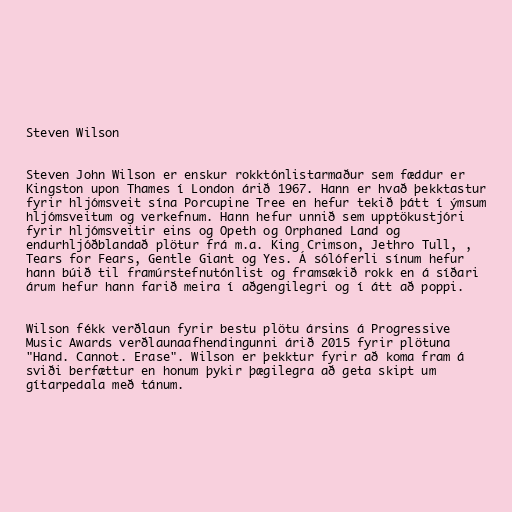
Steven Wilson

Steven John Wilson er enskur rokktónlistarmaður sem fæddur er
Kingston upon Thames í London árið 1967. Hann er hvað þekktastur
fyrir hljómsveit sína Porcupine Tree en hefur tekið þátt í ýmsum
hljómsveitum og verkefnum. Hann hefur unnið sem upptökustjóri
fyrir hljómsveitir eins og Opeth og Orphaned Land og
endurhljóðblandað plötur frá m.a. King Crimson, Jethro Tull, ,
Tears for Fears, Gentle Giant og Yes. Á sólóferli sínum hefur
hann búið til framúrstefnutónlist og framsækið rokk en á síðari
árum hefur hann farið meira í aðgengilegri og í átt að poppi.

Wilson fékk verðlaun fyrir bestu plötu ársins á Progressive
Music Awards verðlaunaafhendingunni árið 2015 fyrir plötuna
"Hand. Cannot. Erase". Wilson er þekktur fyrir að koma fram á
sviði berfættur en honum þykir þægilegra að geta skipt um
gítarpedala með tánum.